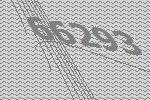
66293